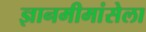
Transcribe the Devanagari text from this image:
ज्ञानमीमांसेला